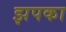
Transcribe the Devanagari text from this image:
झपका